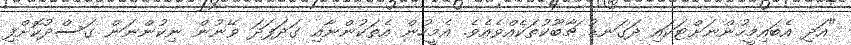
"އަދި އެބައިމީހުންނަށްޓަކައި ދަގަނޑު ޗާބޫކުތަކެއްވެއެވެ. އެމީހުން އެތަކުންނާއި ގަދަފަދަ ވޭނުން ނިކުންނަން ގަސްދުކޮށްފި